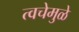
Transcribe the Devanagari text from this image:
त्वचेमुळे